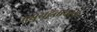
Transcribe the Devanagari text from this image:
मधुराद्वैताचार्य